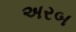
અરબ